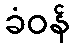
ခံဝန်